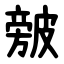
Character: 㿶